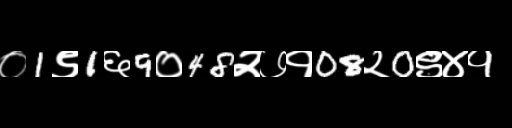
Text: ०1९1६9०48२७१08२0९४१